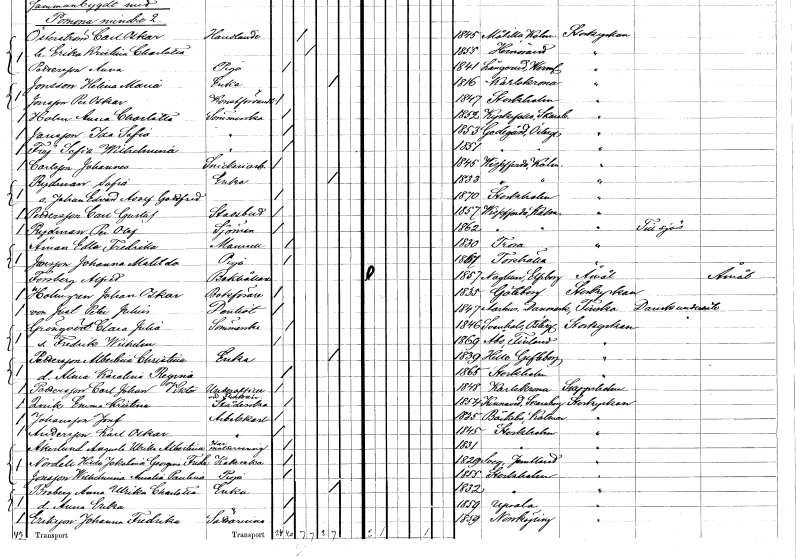
gt_parse: households: individuals: FN: Johannes
EN: Carlsson
YRKE: Snickeriarbetare
KON: M
CIV: O
FODAR: 1845
FODFORS: Vissefjärda Kalmar län
FN: Sofia
EN: Rydman
YRKE: Änka
KON: K
CIV: E
FODAR: 1833
FODFORS: Vissefjärda Kalmar län
FN: Johan Edvard Adolf Gottfred
KON: M
CIV: O
FODAR: 1870
FODFORS: Stockholm
FN: Carl Gustaf
EN: Pettersson
YRKE: Stadsbud
KON: M
CIV: O
FODAR: 1857
FODFORS: Vissefjärda Kalmar län
FN: Per Olof
EN: Rydman
YRKE: Sjöman
KON: M
CIV: O
FODAR: 1862
FODFORS: Vissefjärda Kalmar län
FN: Edla Fredrika
EN: Åman
KON: K
CIV: O
FODAR: 1830
FODFORS: Trosa Södermanlands län
FN: Johanna Matilda
EN: Jonsson
YRKE: Piga
KON: K
CIV: O
FODAR: 1867
FODFORS: Torshälla Södermanlands län
FN: Alfred
EN: Forsberg
YRKE: Bokhållare
KON: M
CIV: O
FODAR: 1857
FODFORS: Naglum Älvsborgs län
FN: Johan Oskar
EN: Holmgren
YRKE: Bokförare
KON: M
CIV: O
FODAR: 1835
FODFORS: Göteborg Göteborgs- och Bohuslän
FN: Peter Julius
EN: von Just
YRKE: Dentist
KON: M
CIV: O
FODAR: 1847
FN: Clara Julia
EN: Grönqvist
YRKE: Sömmerska
KON: K
CIV: O
FODAR: 1846
FODFORS: Svanshals Östergötlands län
FN: Fredrik Wilhelm
KON: M
CIV: O
FODAR: 1869
FN: Albertina Christina
EN: Pettersson
YRKE: Änka
KON: K
CIV: E
FODAR: 1839
FODFORS: Hille Gävleborgs län
FN: Alma Karolina Regina
KON: K
CIV: O
FODAR: 1865
FODFORS: Stockholm
FN: Carl Johan Viktor
EN: Pettersson
YRKE: Underofficer vid Flottan
KON: M
CIV: O
FODAR: 1848
FODFORS: Karlskrona Blekinge län
FN: Emma Kristina
EN: Qvick
YRKE: Städerska
KON: K
CIV: O
FODAR: 1854
FODFORS: Kinneved Skaraborgs län
FN: Josef
EN: Johansson
YRKE: Arbetskarl
KON: M
CIV: O
FODAR: 1835
FODFORS: Bäckebo Kalmar län
FN: Karl Oskar
EN: Andersson
YRKE: Arbetskarl
KON: M
CIV: O
FODAR: 1845
FODFORS: Stockholm
FN: Augusta Ulrika Albertina
EN: Åkerlund
YRKE: Har Matservering
KON: K
CIV: O
FODAR: 1831
FODFORS: Stockholm
FN: Hilda Jakobina Georgina Fredrika
EN: Nordell
YRKE: Kokerska
KON: K
CIV: O
FODAR: 1829
FODFORS: Sveg Jämtlands län
FN: Wilhelmina Amalia Paulina
EN: Jonsson
YRKE: Piga
KON: K
CIV: O
FODAR: 1855
FODFORS: Stockholm
FN: Anna Ulrika Charlotta
EN: Broberg
YRKE: Änka
KON: K
CIV: E
FODAR: 1832
FODFORS: Stockholm
FN: Anna Erika
KON: K
CIV: O
FODAR: 1859
FODFORS: Uppsala Uppsala län
FN: Johanna Fredrika
EN: Eriksson
YRKE: Sättarinna
KON: K
CIV: O
FODAR: 1859
FODFORS: Norrköping Östergötlands län